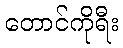
တောင်ကိုရီး